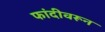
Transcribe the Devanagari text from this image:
फांदीवरून